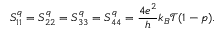
S _ { 1 1 } ^ { q } = S _ { 2 2 } ^ { q } = S _ { 3 3 } ^ { q } = S _ { 4 4 } ^ { q } = \frac { 4 e ^ { 2 } } { h } k _ { B } \mathcal { T } ( 1 - p ) .